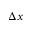
\Delta x